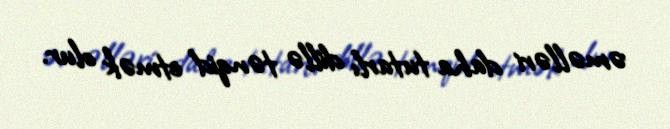
əməlləri daha tutarlı dillə tənqid etmək olur.